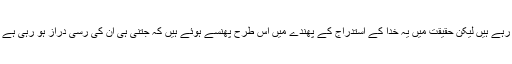
یہ نادان اس ڈھیل کو اپنی کامیابی گمان کر رہے ہیں لیکن حقیقت میں یہ خدا کے استدراج کے پھندے میں اس طرح پھنسے ہوئے ہیں کہ جتنی ہی ان کی رسی دراز ہو رہی ہے اتنی ہی اس کی گرفت مضبوط ہو رہی ہے۔